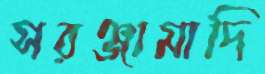
সরঞ্জামাদি